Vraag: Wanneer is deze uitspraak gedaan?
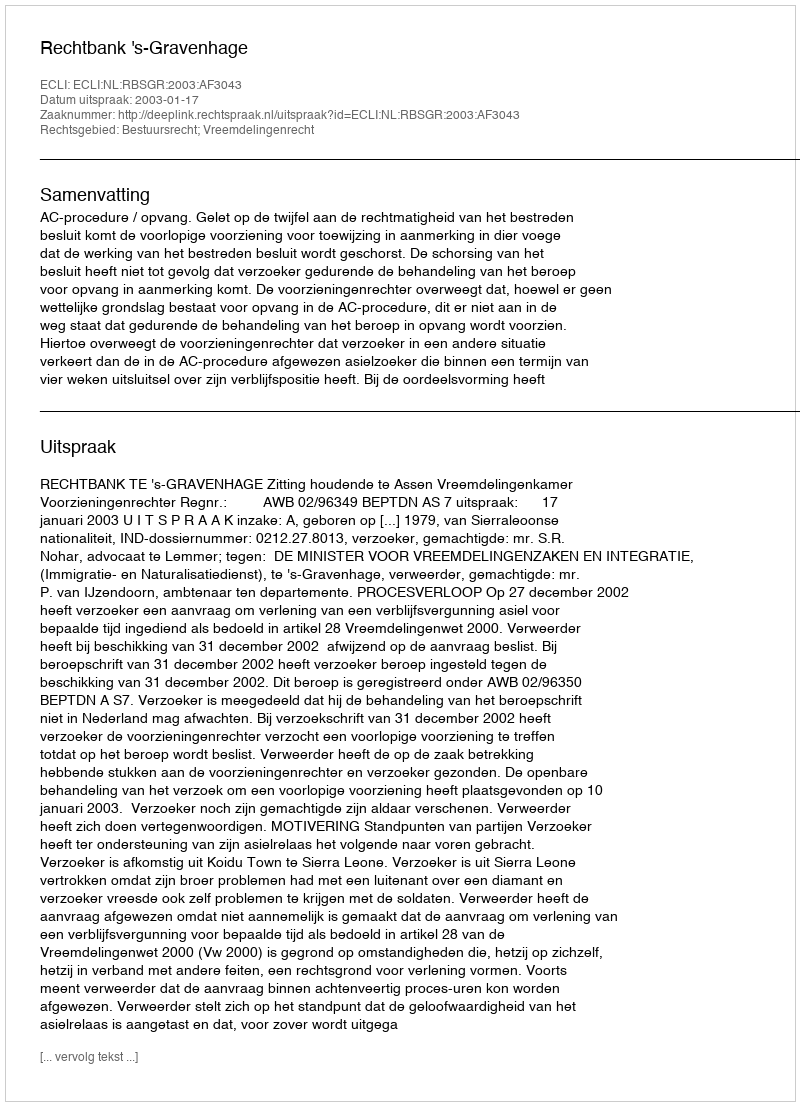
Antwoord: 2003-01-17